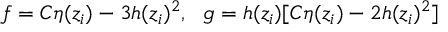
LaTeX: f = C \eta ( z _ { i } ) - 3 h ( z _ { i } ) ^ { 2 } , ~ ~ g = h ( z _ { i } ) [ C \eta ( z _ { i } ) - 2 h ( z _ { i } ) ^ { 2 } ]